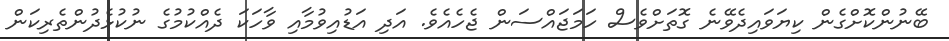
ބޭނުންކޮށްގެން ކިޔަވައިދެވޭނެ ގޮތަށްވެސް ހަމަޖައްސަން ޖެހެއެވެ. އަދި އަޑުއިވުމާއި ވާހަކަ ދެއްކުމުގެ ނުކުޅެދުންތެރިކަން